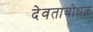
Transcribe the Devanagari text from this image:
देवताबोधक